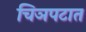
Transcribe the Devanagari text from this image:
चिञपटात